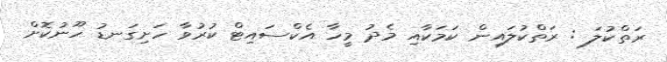
ރަތްކުލަ : ރަތްކުލައިން ކަމަކާއި މެދު މީހާ އެކްސައިޓް ކުރުވާ ހަށިގަނޑު ހޫނުކޮށް